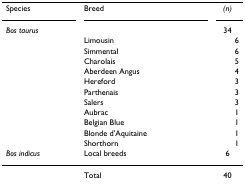
<table><thead><tr><td><b>Species</b></td><td><b>Breed</b></td><td><b><i>(n)</i></b></td></tr><tr><td><b><i>Bos taurus</i></b></td><td></td><td><b>34</b></td></tr><tr><td></td><td><b>Limousin</b></td><td><b>6</b></td></tr><tr><td></td><td><b>Simmental</b></td><td><b>6</b></td></tr><tr><td></td><td><b>Charolais</b></td><td><b>5</b></td></tr><tr><td></td><td><b>Aberdeen Angus</b></td><td><b>4</b></td></tr><tr><td></td><td><b>Hereford</b></td><td><b>3</b></td></tr><tr><td></td><td><b>Parthenais</b></td><td><b>3</b></td></tr><tr><td></td><td><b>Salers</b></td><td><b>3</b></td></tr><tr><td></td><td><b>Aubrac</b></td><td><b>1</b></td></tr><tr><td></td><td><b>Belgian Blue</b></td><td><b>1</b></td></tr><tr><td></td><td><b>Blonde d&#x27;Aquitaine</b></td><td><b>1</b></td></tr><tr><td></td><td><b>Shorthorn</b></td><td><b>1</b></td></tr><tr><td><b><i>Bos indicus</i></b></td><td><b>Local breeds</b></td><td><b>6</b></td></tr></thead><tbody><tr><td></td><td>Total</td><td>40</td></tr></tbody></table>